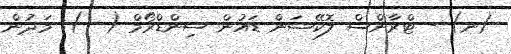
(ނ) - ޓްރާންސް ލޮކޭޝަން ޑައުން ސިންޑްރޯމް (  ): މަދުން